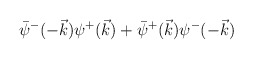
\begin{align*}\bar\psi^-(-\vec k)\psi^+(\vec k)+\bar\psi^+(\vec k)\psi^-(-\vec k)\end{align*}